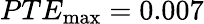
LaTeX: PTE_{\mathrm{max}}=0.007